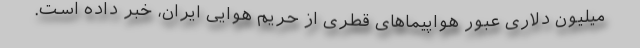
میلیون دلاری عبور هواپیماهای قطری از حریم هوایی ایران، خبر داده است.